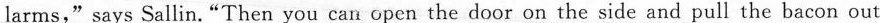
lar ms," says Sallin."Then you can open the door on the side and pull the bacon out